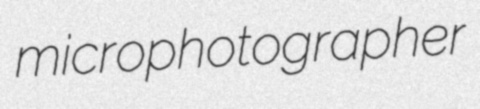
microphotographer